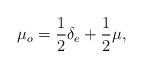
LaTeX: \begin{align*}\mu_o = \frac{1}{2}\delta_e + \frac{1}{2} \mu,\end{align*}